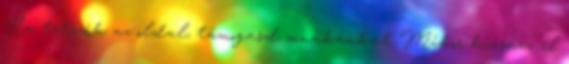
Ha tetszik az oldal, támogasd munkánkat Mikor búcsúzz el